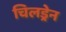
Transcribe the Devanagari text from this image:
चिलड्रेन